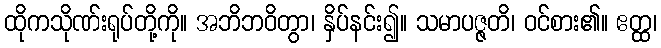
ထိုကသိုဏ်းရုပ်တို့ကို။ အဘိဘဝိတွာ၊ နှိပ်နင်း၍။ သမာပဇ္ဇတိ၊ ဝင်စား၏။ ဧတ္ထ၊